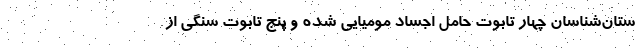
ستان‌شناسان چهار تابوت حامل اجساد مومیایی شده و پنج تابوت سنگی از